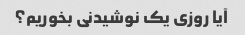
آیا روزی یک نوشیدنی بخوریم؟